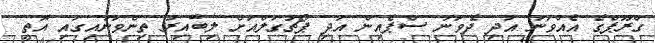
ގްރޫޕްގެ އެއްވަނަ އަދި ދެވަނަ ސްޕެއިން އަދި ޕޯޗުގަލްއަށް ލިބޭއިރު ތިންވަނައިގައި އޮތީ